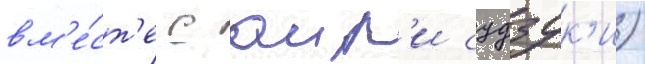
вм'е́ст'е с аир'и судзук'и)